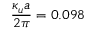
\frac { \kappa _ { u } a } { 2 \pi } = 0 . 0 9 8